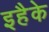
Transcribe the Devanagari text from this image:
इहैके